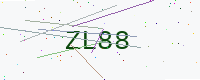
Text: ZL88